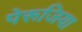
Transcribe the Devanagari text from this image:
पेरूजिया